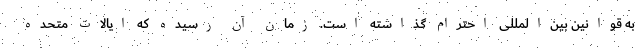
به قوانین بین‌المللی احترام گذاشته است. زمان آن رسیده که ایالات متحده